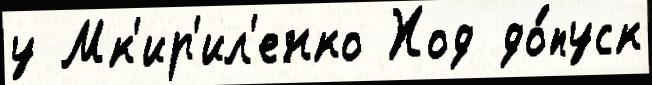
у Мк'ир'ил'енко Ход до́пуск